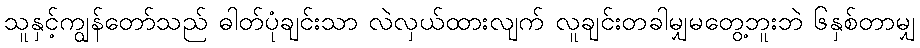
သူနှင့်ကျွန်တော်သည် ဓါတ်ပုံချင်းသာ လဲလှယ်ထားလျက် လူချင်းတခါမျှမတွေ့ဘူးဘဲ ၆နှစ်တာမျှ